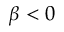
\beta < 0